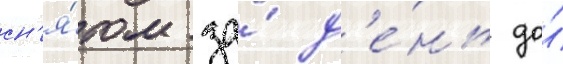
сн'я́том за́ д'е́нь до́